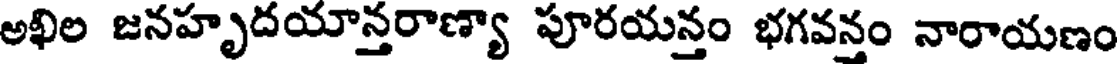
అఖిల జనహృదయాన్తరాణ్యా పూరయన్తం భగవన్తం నారాయణం